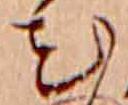
花